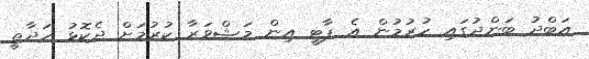
އަބްދު ބަންދުގައި ހުރުމުން އެ ޕާޓީ އިން މަޝްވަރާ ކުރުމަށް ދެކޮޅު ހަދާތީ